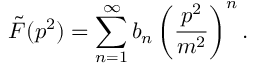
\tilde { F } ( p ^ { 2 } ) = \sum _ { n = 1 } ^ { \infty } b _ { n } \left( \frac { p ^ { 2 } } { m ^ { 2 } } \right) ^ { n } .